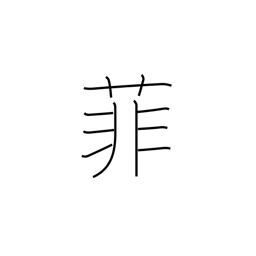
Meaning: inferior